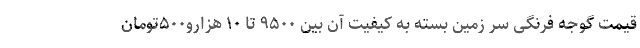
قیمت گوجه فرنگی سر زمین بسته به کیفیت آن بین ۹۵۰۰ تا ۱۰ هزارو۵۰۰تومان